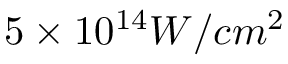
5 \times 1 0 ^ { 1 4 } W / c m ^ { 2 }